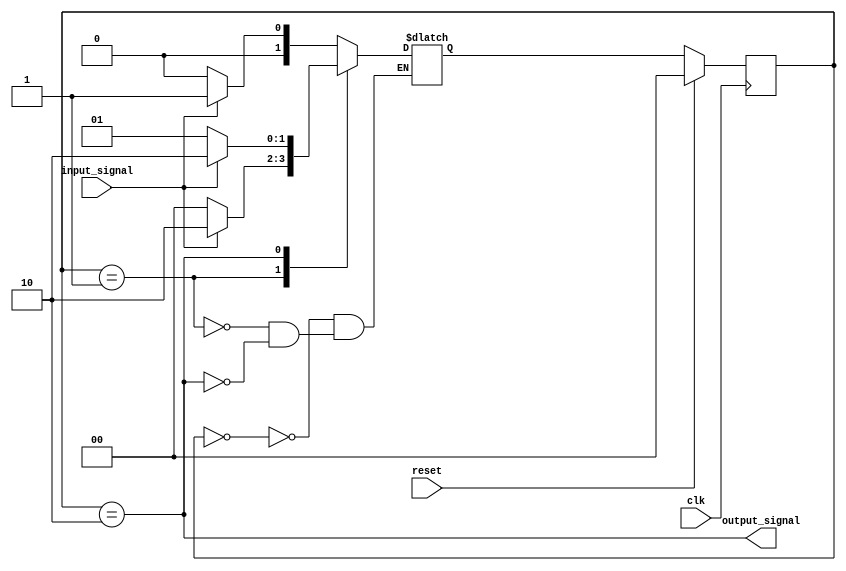
module MealyStateMachine (
  input wire clk,
  input wire reset,
  input wire input_signal,
  output reg output_signal
);

// State definitions
parameter S0 = 2'b00;
parameter S1 = 2'b01;
parameter S2 = 2'b10;

// State register
reg [1:0] current_state, next_state;

// Next state logic
always @(posedge clk) begin
  if (reset) begin
    current_state <= S0;
  end else begin
    current_state <= next_state;
  end
end

// Output logic
always @(*) begin
  case (current_state)
    S0: begin
      next_state = (input_signal) ? S1 : S0;
    end
    S1: begin
      next_state = (input_signal) ? S2 : S0;
    end
    S2: begin
      next_state = (input_signal) ? S2 : S1;
    end
  endcase
end

// Mealy output generation
always @(*) begin
  output_signal = (current_state == S2);
end

endmodule